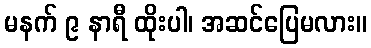
မနက် ၉ နာရီ ထိုးပါ၊ အဆင်ပြေမလား။